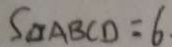
S _ { \Delta A B C D } = 6